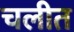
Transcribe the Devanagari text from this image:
चलीत